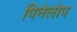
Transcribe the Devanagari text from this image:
पिनेलोप